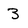
Character: 3